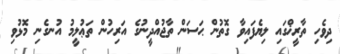
ދިވެހި ތާރީޚްގައި ލިޔެފައިވާ ގޮތުން ޙަސަން ތާޖުއްދީނުގެ އަރިހުން ތަޢުލީމު އުނގެނި މޮޅުވި